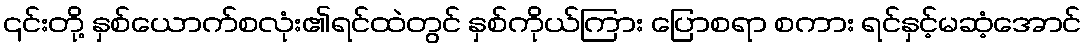
၎င်းတို့ နှစ်ယောက်စလုံး၏ရင်ထဲတွင် နှစ်ကိုယ်ကြား ပြောစရာ စကား ရင်နှင့်မဆံ့အောင်